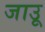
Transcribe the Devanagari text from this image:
जाउू